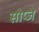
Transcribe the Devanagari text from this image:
सोप्जे